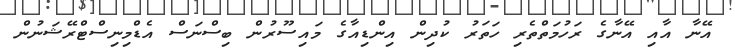
އޭނާ އާއި އޭނާގެ ރަހުމަތްތެރި ހަތަރު ކުދިން އިންޑިއާގެ މައިސޫރުން ބިސްނަސް އެޑްމިނިސްޓްރޭޝަނުން